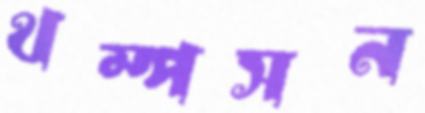
থম্পসন